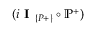
( i \textbf { I } _ { \{ P + \} } \circ \mathbb { P } ^ { + } )